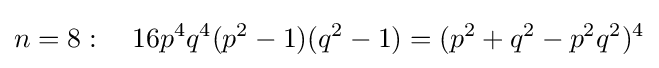
n=8:\quad 16p^{4}q^{4}(p^{2}-1)(q^{2}-1)=(p^{2}+q^{2}-p^{2}q^{2})^{4}